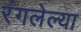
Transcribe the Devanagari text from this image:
रंगलेल्या